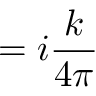
= i { \frac { k } { 4 \pi } }